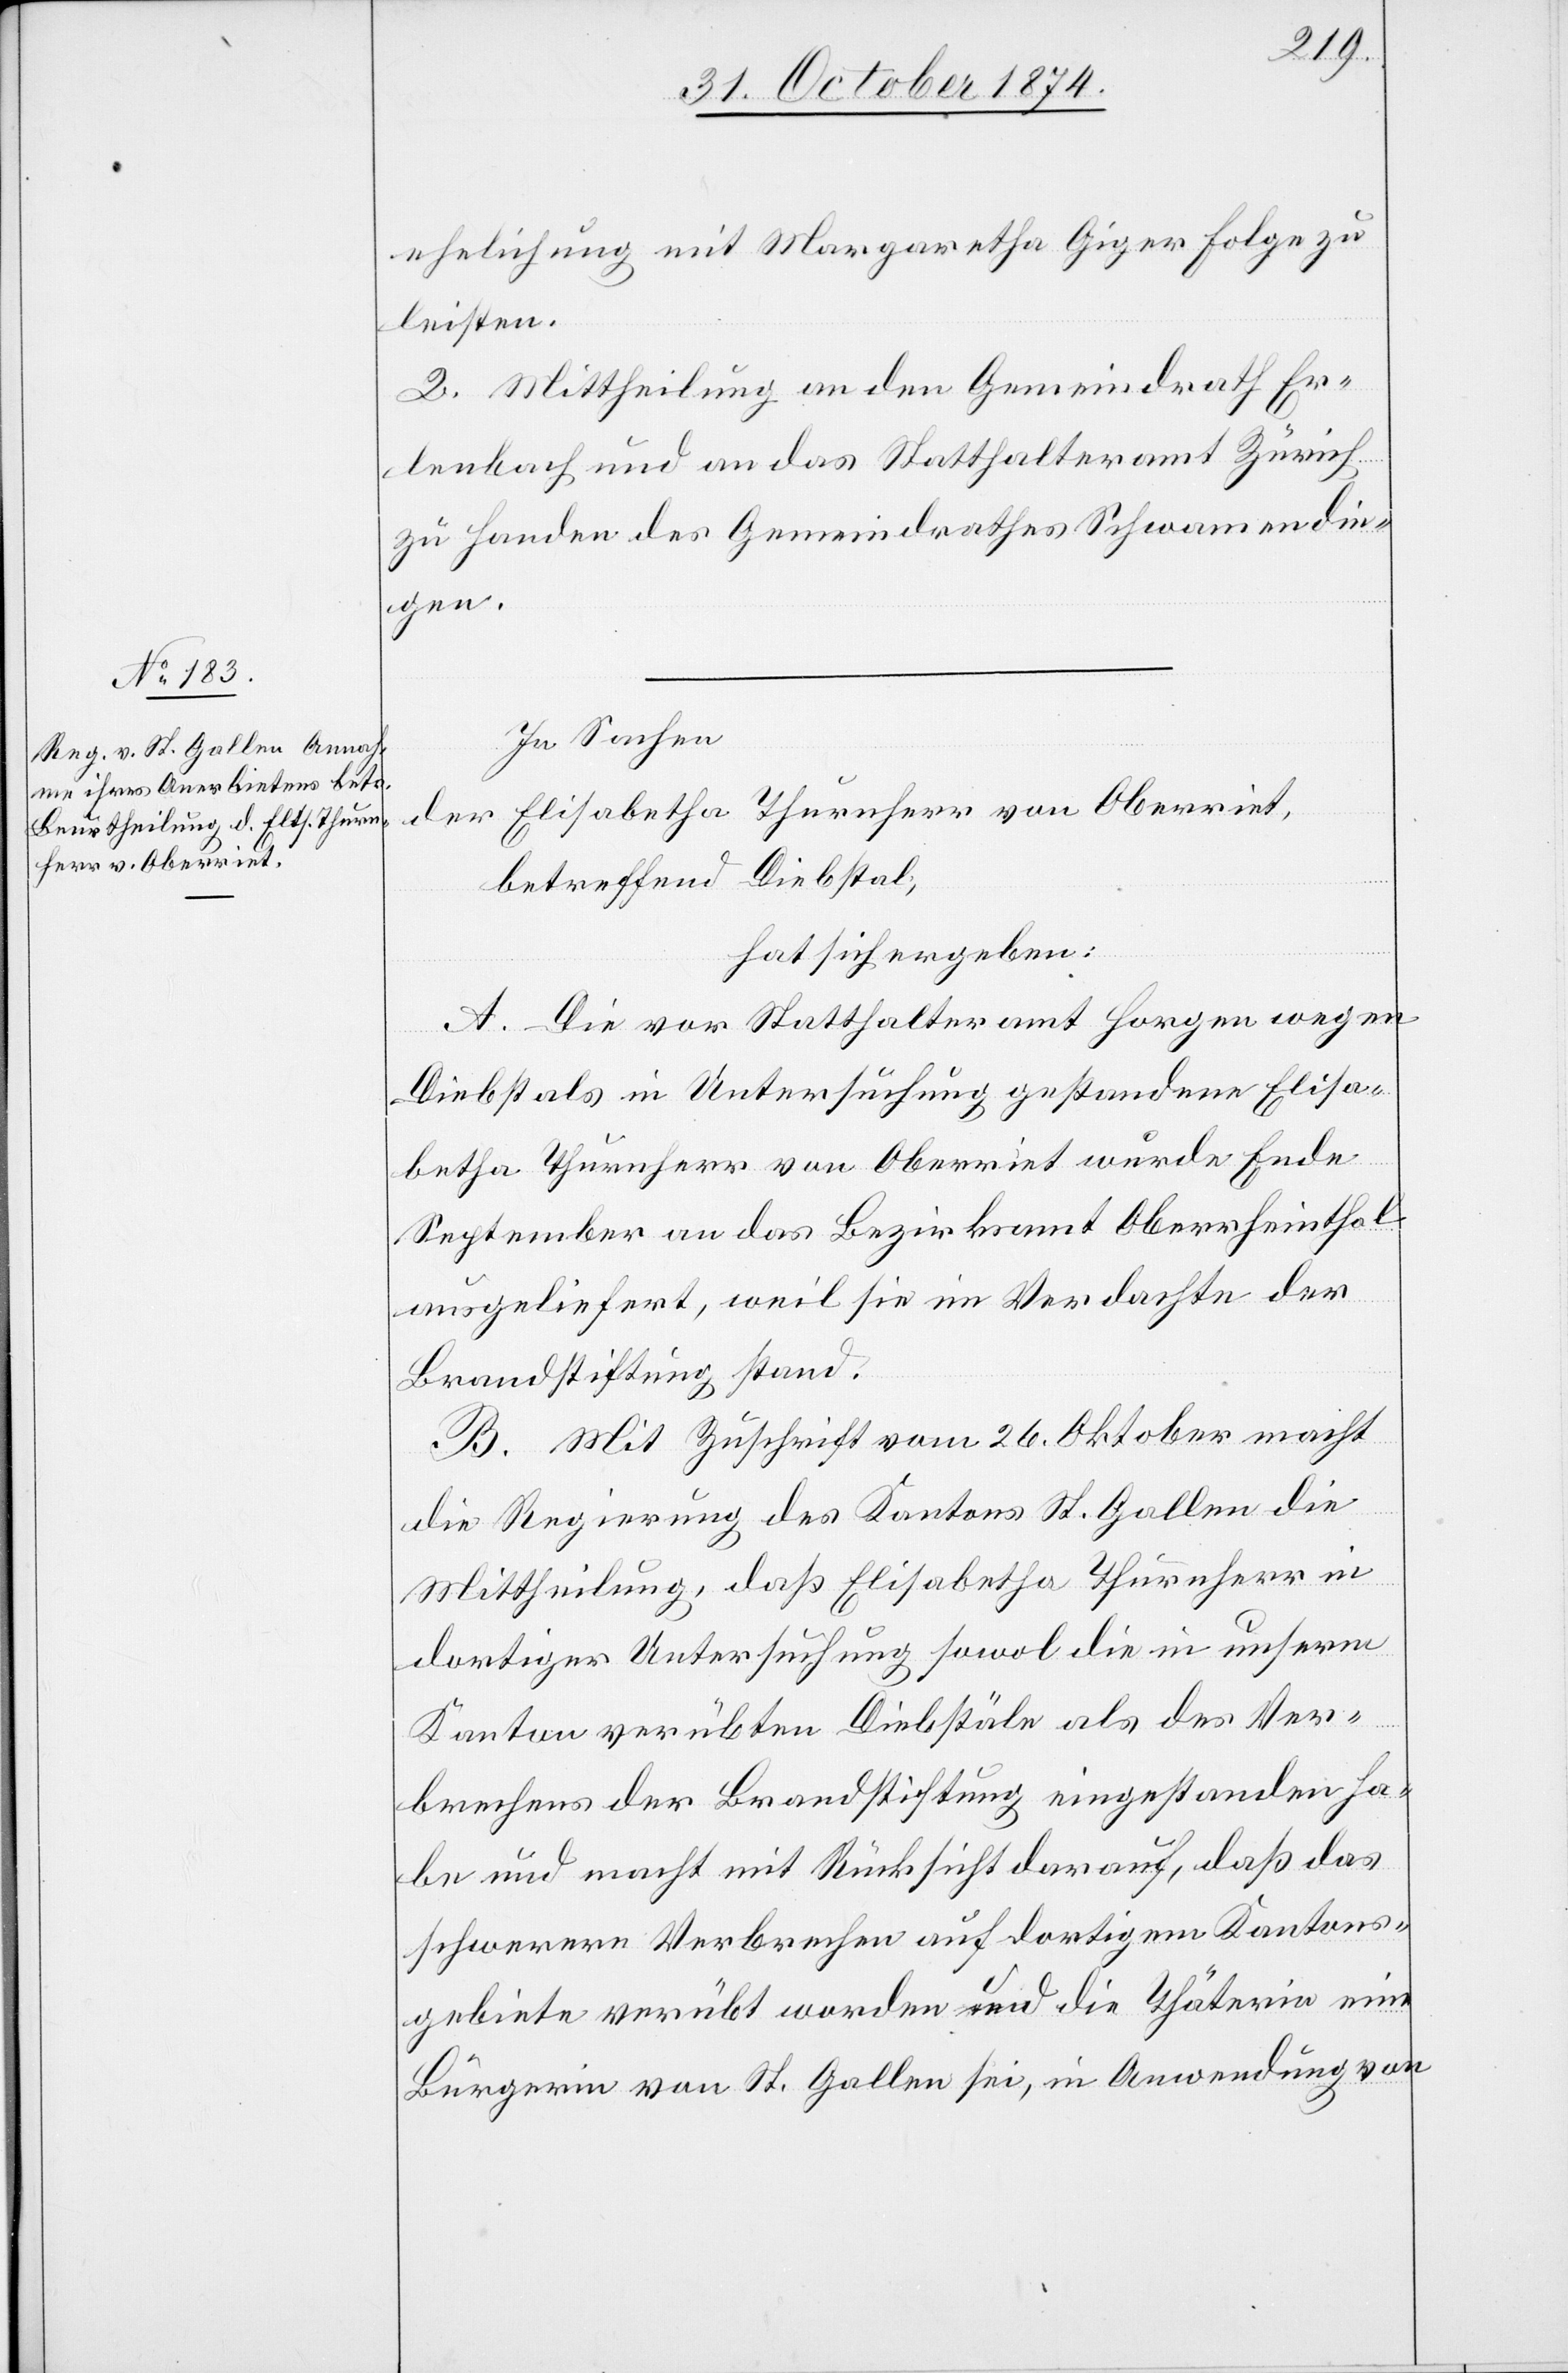
ehelichung mit Margaretha Giger Folge zu
leisten.
2. Mittheilung an den Gemeindrath Er¬
lenbach und an das Statthalteramt Zürich
zu Handen des Gemeindrathes Schwamendin¬
gen.
In Sachen
der Elisabetha Thurnherr von Oberriet,
betreffend Diebstal,
hat sich ergeben:
A. Die vor Statthalteramt Horgen wegen
Diebstals in Untersuchung gestandene Elisa¬
betha Thurnherr von Oberriet wurde Ende
September an das Bezirksamt Oberrheinthal
ausgeliefert, weil sie im Verdachte der
Brandstiftung stand.
B. Mit Zuschrift vom 26. Oktober macht
die Regierung des Kantons St. Gallen die
Mittheilung, daß Elisabetha Thurnherr in
dortiger Untersuchung sowol die in unserm
Kanton verübten Diebstäle als des Ver¬
brechens der Brandstiftung eingestanden ha¬
be und macht mit Rücksicht darauf, daß das
schwerere Verbrechen auf dortigem Kantons¬
gebiete verübt worden und die Thäterin eine
Bürgerin von St. Gallen sei, in Anwendung von